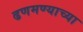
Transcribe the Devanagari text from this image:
ढणमण्याच्या